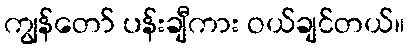
ကျွန်တော် ပန်းချီကား ဝယ်ချင်တယ်။